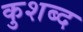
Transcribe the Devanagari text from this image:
कुशब्द